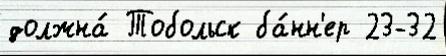
должна́ Тобольск ба́нн'ер 23-32